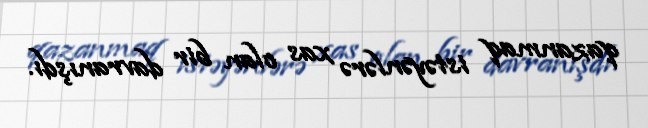
qazanmaq istəyənlərə xas olan bir davranışdı.